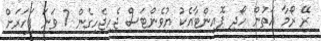
ރޭ ރޯމާ އަތުން ހޯދި ޕޮއިންޓާއެކު ޔުވެންޓަސް ޖެހިޖެހިގެން 7 ވަނަ ފަހަރަށް